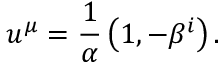
u ^ { \mu } = \frac { 1 } { \alpha } \left( 1 , - \beta ^ { i } \right) .